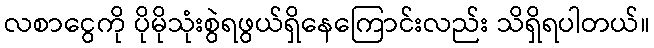
လစာငွေကို ပိုမိုသုံးစွဲရဖွယ်ရှိနေကြောင်းလည်း သိရှိရပါတယ်။